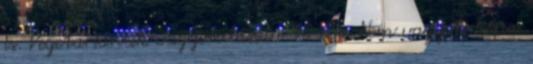
is. Vegetáriánuk vagyok lassan 10 éve. Nem vagyok képes